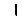
Digit: 1